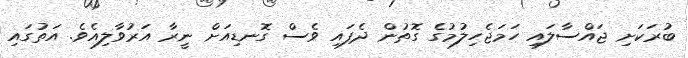
ބުރަކަށި ޖައްސާލައި ހަމަޖެހިލުމުގެ ގޮތުން ދެފައި ވެސް ގޮނޑިއަށް ނީރާ އަރުވާލިއެވެ. އަތުގައި